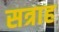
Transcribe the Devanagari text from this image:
सत्राह